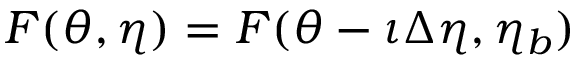
F ( \theta , \eta ) = F ( \theta - \iota \Delta \eta , \eta _ { b } )